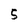
Character: 5